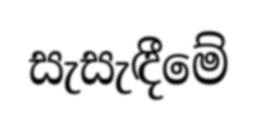
සැසැඳීමේ